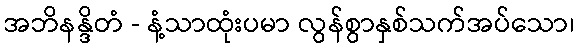
အဘိနန္ဒိတံ - နံ့သာထုံးပမာ လွန်စွာနှစ်သက်အပ်သော၊